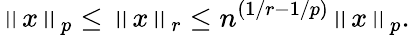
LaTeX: \left\| x\right\| _{p}\leq\left\| x\right\| _{r}\leq n^{(1/r-1/p)}\left\| x\right\| _{p}.